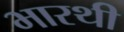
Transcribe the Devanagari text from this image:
भारथी